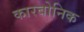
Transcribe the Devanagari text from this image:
कारबोनिक